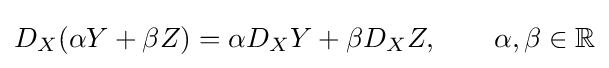
D_{X}(\alpha Y+\beta Z)=\alpha D_{X}Y+\beta D_{X}Z,\qquad \alpha ,\beta \in \mathbb {R}